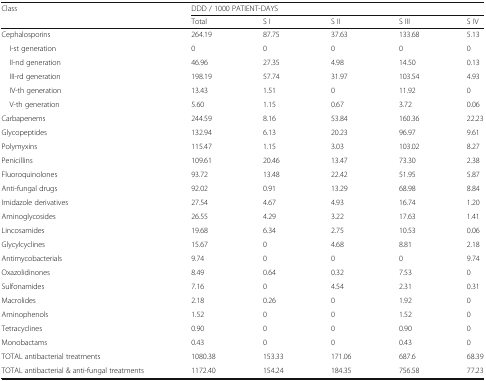
<table><thead><tr><td rowspan="2"><b>Class</b></td><td colspan="5"><b>DDD / 1000 PATIENT-DAYS</b></td></tr><tr><td><b>Total</b></td><td><b>S I</b></td><td><b>S II</b></td><td><b>S III</b></td><td><b>S IV</b></td></tr></thead><tbody><tr><td>Cephalosporins</td><td>264.19</td><td>87.75</td><td>37.63</td><td>133.68</td><td>5.13</td></tr><tr><td> I-st generation</td><td>0</td><td>0</td><td>0</td><td>0</td><td>0</td></tr><tr><td> II-nd generation</td><td>46.96</td><td>27.35</td><td>4.98</td><td>14.50</td><td>0.13</td></tr><tr><td> III-rd generation</td><td>198.19</td><td>57.74</td><td>31.97</td><td>103.54</td><td>4.93</td></tr><tr><td> IV-th generation</td><td>13.43</td><td>1.51</td><td>0</td><td>11.92</td><td>0</td></tr><tr><td> V-th generation</td><td>5.60</td><td>1.15</td><td>0.67</td><td>3.72</td><td>0.06</td></tr><tr><td>Carbapenems</td><td>244.59</td><td>8.16</td><td>53.84</td><td>160.36</td><td>22.23</td></tr><tr><td>Glycopeptides</td><td>132.94</td><td>6.13</td><td>20.23</td><td>96.97</td><td>9.61</td></tr><tr><td>Polymyxins</td><td>115.47</td><td>1.15</td><td>3.03</td><td>103.02</td><td>8.27</td></tr><tr><td>Penicillins</td><td>109.61</td><td>20.46</td><td>13.47</td><td>73.30</td><td>2.38</td></tr><tr><td>Fluoroquinolones</td><td>93.72</td><td>13.48</td><td>22.42</td><td>51.95</td><td>5.87</td></tr><tr><td>Anti-fungal drugs</td><td>92.02</td><td>0.91</td><td>13.29</td><td>68.98</td><td>8.84</td></tr><tr><td>Imidazole derivatives</td><td>27.54</td><td>4.67</td><td>4.93</td><td>16.74</td><td>1.20</td></tr><tr><td>Aminoglycosides</td><td>26.55</td><td>4.29</td><td>3.22</td><td>17.63</td><td>1.41</td></tr><tr><td>Lincosamides</td><td>19.68</td><td>6.34</td><td>2.75</td><td>10.53</td><td>0.06</td></tr><tr><td>Glycylcyclines</td><td>15.67</td><td>0</td><td>4.68</td><td>8.81</td><td>2.18</td></tr><tr><td>Antimycobacterials</td><td>9.74</td><td>0</td><td>0</td><td>0</td><td>9.74</td></tr><tr><td>Oxazolidinones</td><td>8.49</td><td>0.64</td><td>0.32</td><td>7.53</td><td>0</td></tr><tr><td>Sulfonamides</td><td>7.16</td><td>0</td><td>4.54</td><td>2.31</td><td>0.31</td></tr><tr><td>Macrolides</td><td>2.18</td><td>0.26</td><td>0</td><td>1.92</td><td>0</td></tr><tr><td>Aminophenols</td><td>1.52</td><td>0</td><td>0</td><td>1.52</td><td>0</td></tr><tr><td>Tetracyclines</td><td>0.90</td><td>0</td><td>0</td><td>0.90</td><td>0</td></tr><tr><td>Monobactams</td><td>0.43</td><td>0</td><td>0</td><td>0.43</td><td>0</td></tr><tr><td>TOTAL antibacterial treatments</td><td>1080.38</td><td>153.33</td><td>171.06</td><td>687.6</td><td>68.39</td></tr><tr><td>TOTAL antibacterial &amp; anti-fungal treatments</td><td>1172.40</td><td>154.24</td><td>184.35</td><td>756.58</td><td>77.23</td></tr></tbody></table>